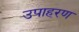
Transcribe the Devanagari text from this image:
उपाहरण